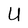
Character: U